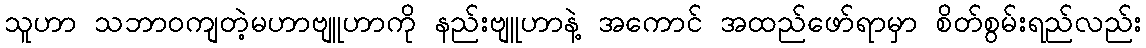
သူဟာ သဘာဝကျတဲ့မဟာဗျူဟာကို နည်းဗျူဟာနဲ့ အကောင် အထည်ဖော်ရာမှာ စိတ်စွမ်းရည်လည်း